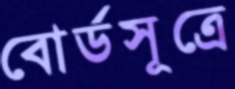
বোর্ডসূত্রে